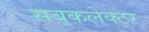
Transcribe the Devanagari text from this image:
सब्‌कलेक्टर